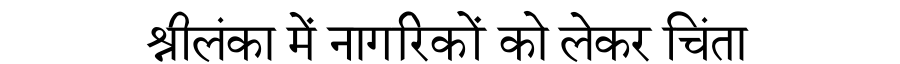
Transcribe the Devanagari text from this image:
श्रीलंका में नागरिकों को लेकर चिंता